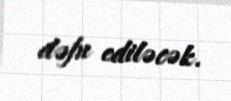
dəfn ediləcək.